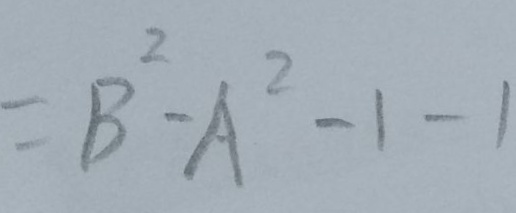
= B ^ { 2 } - A ^ { 2 } - 1 - 1